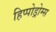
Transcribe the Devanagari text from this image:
हिप्पोड्रोम्स